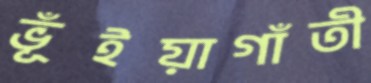
ভূঁইয়াগাঁতী